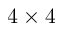
4 \times 4